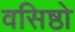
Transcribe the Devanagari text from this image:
वसिष्ठो